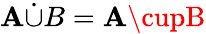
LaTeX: \mathbf{A}{\dot{{\cup}}}B=\mathbf{A}\cupB